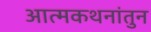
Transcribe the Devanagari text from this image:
आत्मकथनांतुन